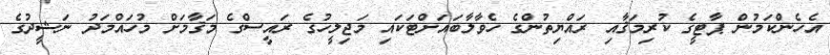
އެހެންކަމުން ޕާޓީގެ ކުރިމަޤާއި ރައްޔިތުންގެ ހެވާލާބައަށްޓަކައި މަޖިލީހުގެ ރައީސްގެ މަޤާމަށް މުހައްމަދު ނަޝީދުގެ